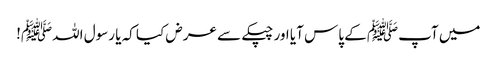
میں آپﷺ کے پاس آیا اور چپکے سے عرض کیا کہ یا رسول اللہﷺ!